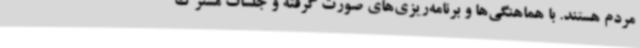
مردم هستند. با هماهنگی‌ها و برنامه‌ریزی‌های صورت گرفته و جلسات مشترک